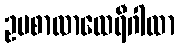
ဥပစာလာထေရီဂါထာ